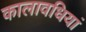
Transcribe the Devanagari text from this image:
कालावधियां